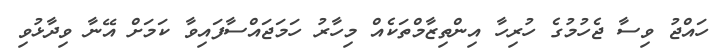
ހައްޖު ވިސާ ޖެހުމުގެ ހުރިހާ އިންތިޒާމްތަކެއް މިހާރު ހަމަޖައްސާފައިވާ ކަމަށް އޭނާ ވިދާޅުވި